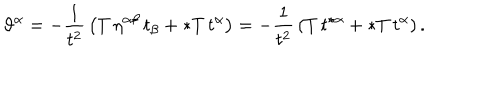
\vartheta ^ { \alpha } = - { \frac { 1 } { t ^ { 2 } } } \left( T \, \eta ^ { \alpha \beta } \, t _ { \beta } + \ast T \, t ^ { \alpha } \right) = - { \frac { 1 } { t ^ { 2 } } } \left( T \, t ^ { \star \alpha } + \ast T \, t ^ { \alpha } \right) .